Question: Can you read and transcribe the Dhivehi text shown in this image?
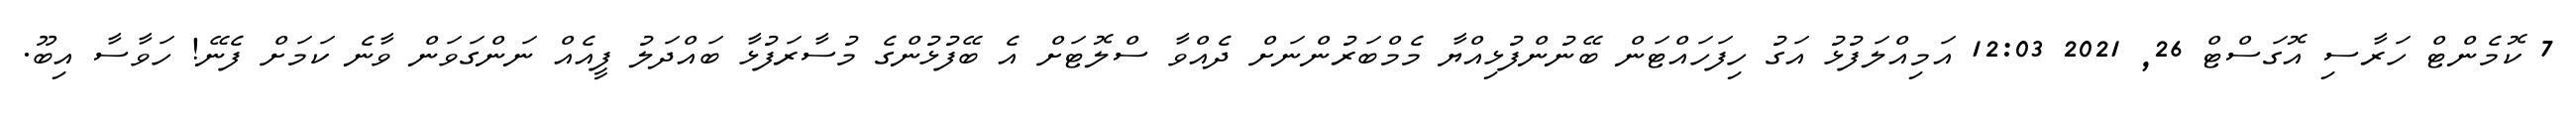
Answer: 7 ކޮމެންޓް ހަރާސި އޮގަސްޓް 26, 2021 12:03 އަމިއްލަފުޅު އަގު ހިފަހައްޓަން ބޭނުންފުޅިއްޔާ މެމްބަރުންނަށް ދެއްވާ ސްލޮޓަށް އެ ބޭފުޅުންގެ މުސާރަފުޅާ ބައްދަލު ފީއެއް ނަންގަވަން ވާނެ ކަމަށް ފެނޭ! ހަވާސާ އިބޫ.